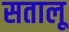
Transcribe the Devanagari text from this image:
सतालू